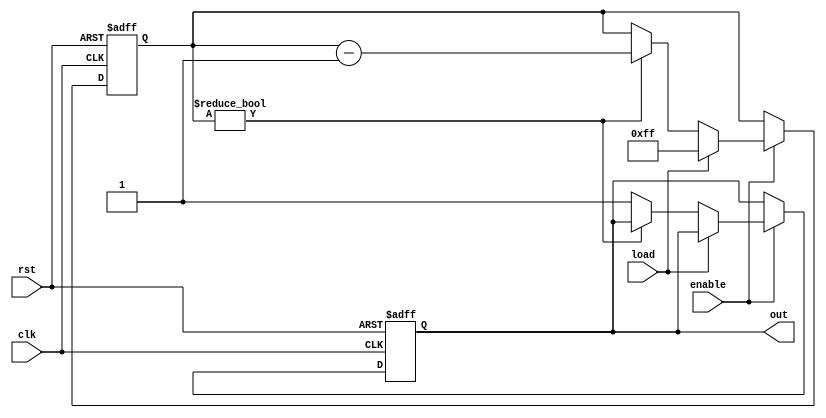
module CountdownTimer(
  input wire clk,
  input wire rst,
  input wire enable,
  input wire load,
  output reg out
);

reg [7:0] count;

always @(posedge clk or posedge rst) begin
  if(rst) begin
    count <= 8'h00;
    out <= 1'b0;
  end else begin
    if(enable) begin
      if(load) begin
        count <= 8'hFF; //preset value
      end else begin
        if(count != 8'h00) begin
          count <= count - 1;
        end else begin
          out <= 1'b1; //output signal generated when count reaches zero
        end
      end
    end
  end
end

endmodule